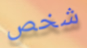
شخص